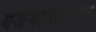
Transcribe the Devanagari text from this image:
यजमानोत्सुक